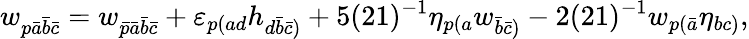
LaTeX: w_{p\bar{a}\bar{b}\bar{c}}=w_{\bar{p}\bar{a}\bar{b}\bar{c}}+\varepsilon_{p(ad}h_{d\bar{b}\bar{c})}+5(21)^{-1}\eta_{p(a}w_{\bar{b}\bar{c})}-2(21)^{-1}w_{p(\bar{a}}\eta_{bc)},